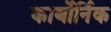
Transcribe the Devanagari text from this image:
कार्बोर्निक